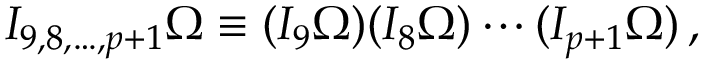
I _ { 9 , 8 , \ldots , p + 1 } \Omega \equiv ( I _ { 9 } \Omega ) ( I _ { 8 } \Omega ) \cdots ( I _ { p + 1 } \Omega ) \, ,